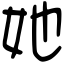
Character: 她